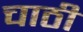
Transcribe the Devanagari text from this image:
चाठी